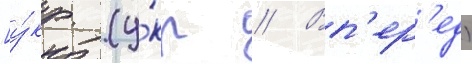
[у́кр. (у́кр // Вп'ер'ед)